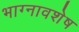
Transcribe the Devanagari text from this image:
भाग्नावशेष